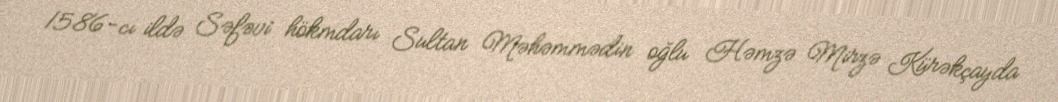
1586-cı ildə Səfəvi hökmdarı Sultan Məhəmmədin oğlu Həmzə Mirzə Kürəkçayda